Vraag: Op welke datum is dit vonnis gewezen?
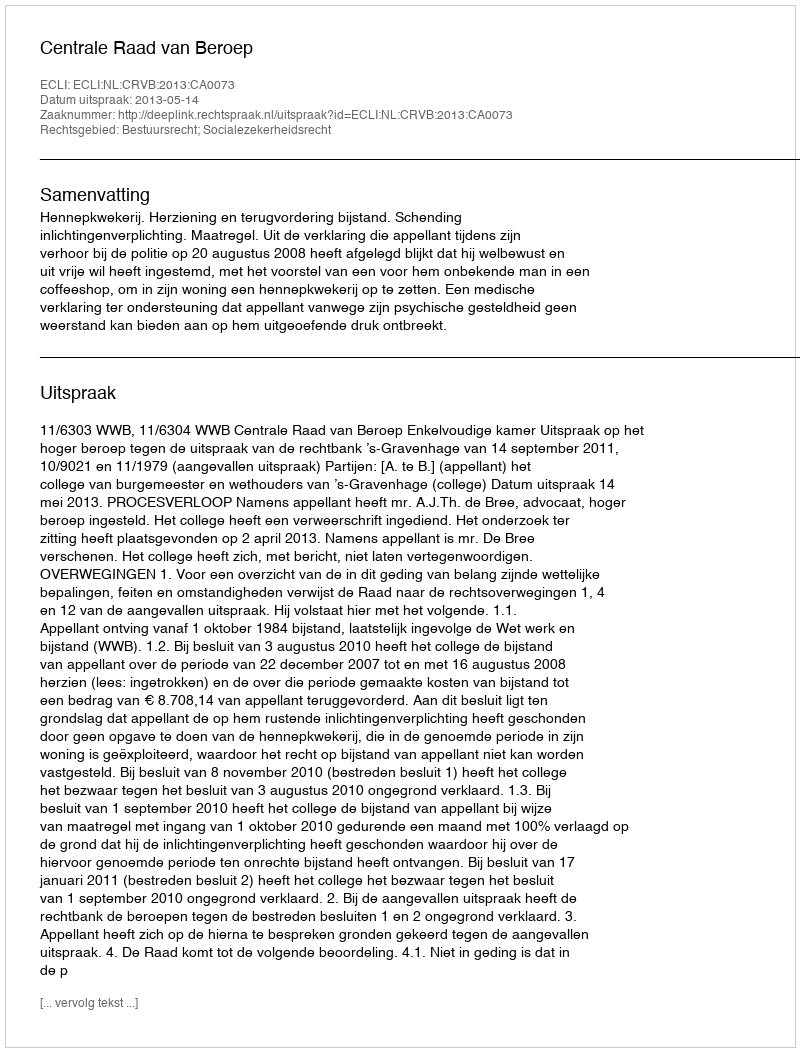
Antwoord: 2013-05-14